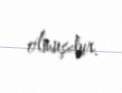
olmuşdur.